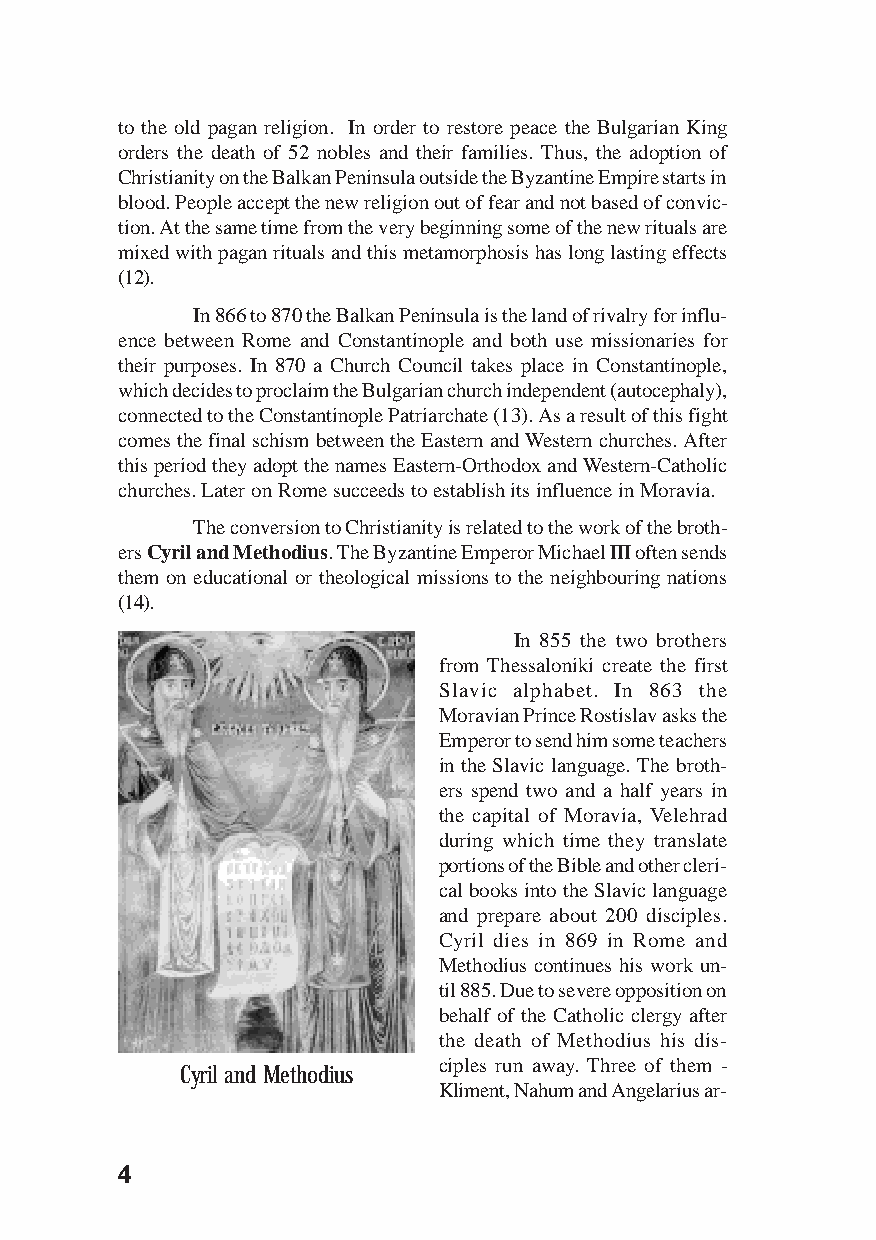
to the old pagan religion. In order to restore peace the Bulgarian King
 orders the death of 52 nobles and their families. Thus, the adoption of
 Christianity on the Balkan Peninsula outside the Byzantine Empire starts in
 blood. People accept the new religion out of fear and not based of convic-
 tion. At the same time from the very beginning some of the new rituals are
 mixed with pagan rituals and this metamorphosis has long lasting effects
 (12).
 In 866 to 870 the Balkan Peninsula is the land of rivalry for influ-
 ence between Rome and Constantinople and both use missionaries for
 their purposes. In 870 a Church Council takes place in Constantinople,
 which decides to proclaim the Bulgarian church independent (autocephaly),
 connected to the Constantinople Patriarchate (13). As a result of this fight
 comes the final schism between the Eastern and Western churches. After
 this period they adopt the names Eastern-Orthodox and Western-Catholic
 churches. Later on Rome succeeds to establish its influence in Moravia.
 The conversion to Christianity is related to the work of the broth-
 ers Cyril and Methodius. The Byzantine Emperor Michael III often sends
 them on educational or theological missions to the neighbouring nations
 (14).
 In 855 the two brothers
 from Thessaloniki create the first
 Slavic alphabet. In 863 the
 Moravian Prince Rostislav asks the
 Emperor to send him some teachers
 in the Slavic language. The broth-
 ers spend two and a half years in
 the capital of Moravia, Velehrad
 during which time they translate
 portions of the Bible and other cleri-
 cal books into the Slavic language
 and prepare about 200 disciples.
 Cyril dies in 869 in Rome and
 Methodius continues his work un-
 til 885. Due to severe opposition on
 behalf of the Catholic clergy after
 the death of Methodius his dis-
 ciples run away. Three of them -
 Cyril and Methodius
 Kliment, Nahum and Angelarius ar-
 44444